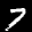
Label: 4